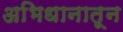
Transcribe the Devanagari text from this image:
अभिधानातून